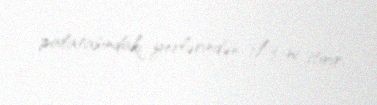
palatasındakı yerlərindən 1/3-ni itirir.